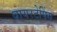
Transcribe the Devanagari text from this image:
वायरटेपिंग